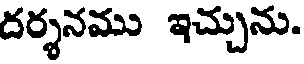
దర్శనము ఇచ్చును.